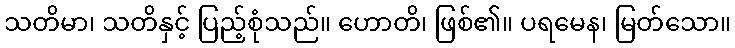
သတိမာ၊ သတိနှင့် ပြည့်စုံသည်။ ဟောတိ၊ ဖြစ်၏။ ပရမေန၊ မြတ်သော။